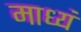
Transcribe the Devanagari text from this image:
माध्यं